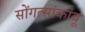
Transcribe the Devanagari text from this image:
सोंगत्सांकांबू